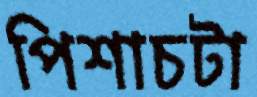
পিশাচটা